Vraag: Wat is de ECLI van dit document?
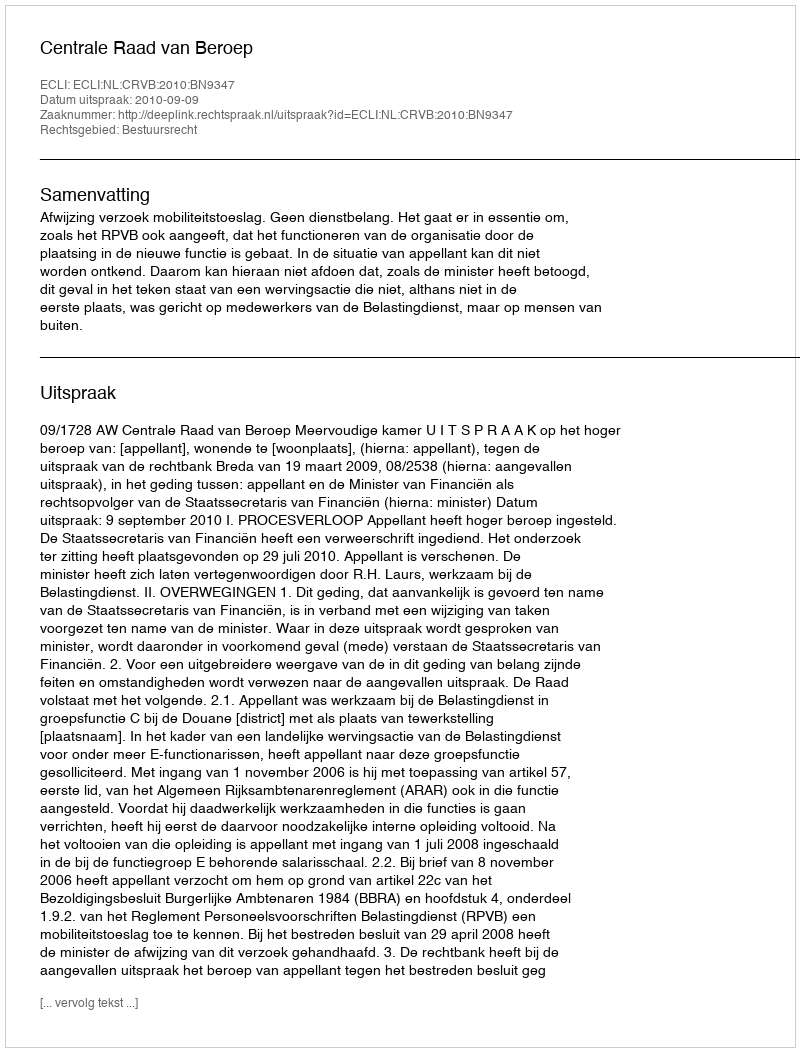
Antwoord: ECLI:NL:CRVB:2010:BN9347